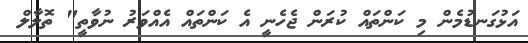
އަޅުގަނޑުމެން މި ކަންތައް ކުރަން ޖެހެނީ އެ ކަންތައް އެއްވަރު ނުވާތީ" ތޮލާލް